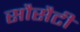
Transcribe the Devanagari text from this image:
सौसैटी